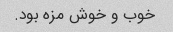
خوب و خوش مزه بود.